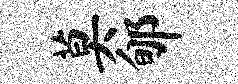
莫郇